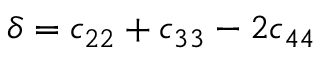
\delta = c _ { 2 2 } + c _ { 3 3 } - 2 c _ { 4 4 }